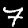
Label: 7